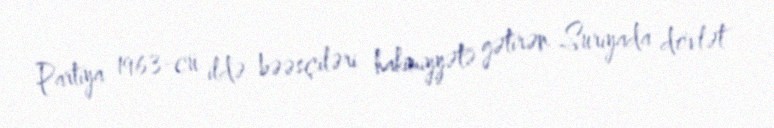
Partiya 1963-cü ildə bəəsçiləri hakimiyyətə gətirən Suriyada dövlət